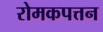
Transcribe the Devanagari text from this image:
रोमकपत्तन